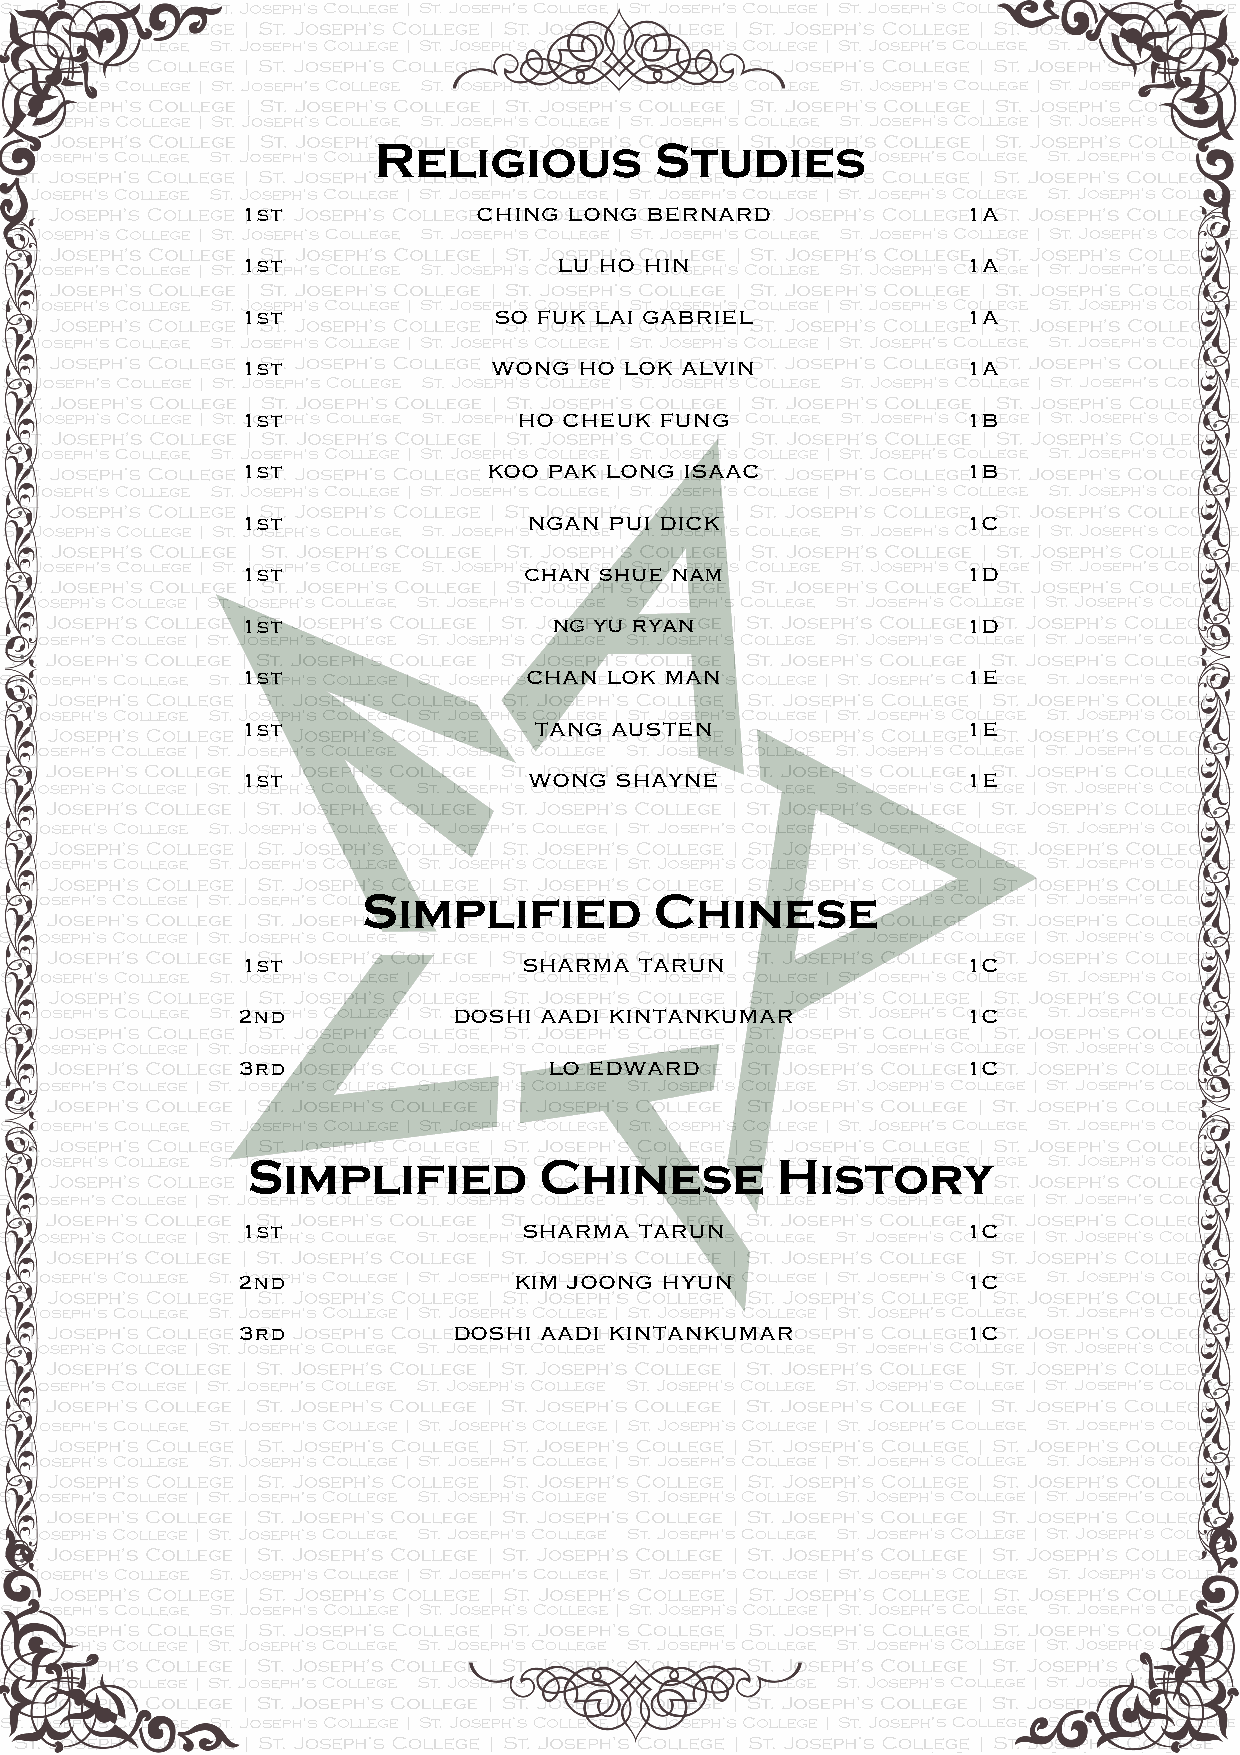
Religious         Studies
 1st             CHING LONG BERNARD              1A
 1st                  LU HO HIN                  1A
 1st              SO FUK LAI GABRIEL             1A
 1st              WONG HO LOK ALVIN              1A
 1st               HO CHEUK  FUNG                1B
 1st             KOO PAK LONG ISAAC              1B
 1st                NGAN PUI DICK                1C
 1st                CHAN SHUE NAM                1D
 1st                  NG YU RYAN                 1D
 1st                CHAN LOK MAN                 1E
 1st                TANG AUSTEN                  1E
 1st                WONG  SHAYNE                 1E
 Simplified         Chinese
 1st                SHARMA TARUN                 1C
 2nd           DOSHI AADI KINTANKUMAR            1C
 3rd                 LO EDWARD                   1C
 Simplified          Chinese        History
 1st                SHARMA TARUN                 1C
 2nd               KIM JOONG HYUN                1C
 3rd           DOSHI AADI KINTANKUMAR            1C